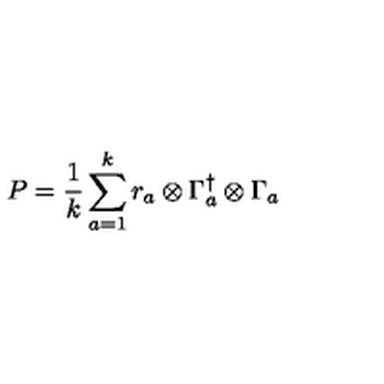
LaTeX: P = \frac { 1 } { k } \sum _ { a = 1 } ^ { k } r _ { a } \otimes \Gamma _ { a } ^ { \dagger } \otimes \Gamma _ { a }